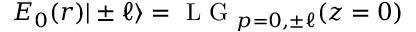
E _ { 0 } ( r ) | \pm \ell \rangle = \mathrm { ~ L ~ G ~ } _ { p = 0 , \pm \ell } ( z = 0 )